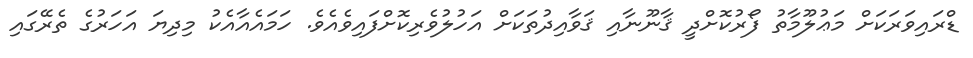
ޑްރައިވަރަކަށް މަޢުލޫމާތު ފޯރުކޮށްދީ ޤާނޫނާއި ޤަވާއިދުތަކަށް އަހުލުވެރިކޮށްފައިވެއެވެ. ހަމައެއާއެކު މިދިޔަ އަހަރުގެ ތެރޭގައި